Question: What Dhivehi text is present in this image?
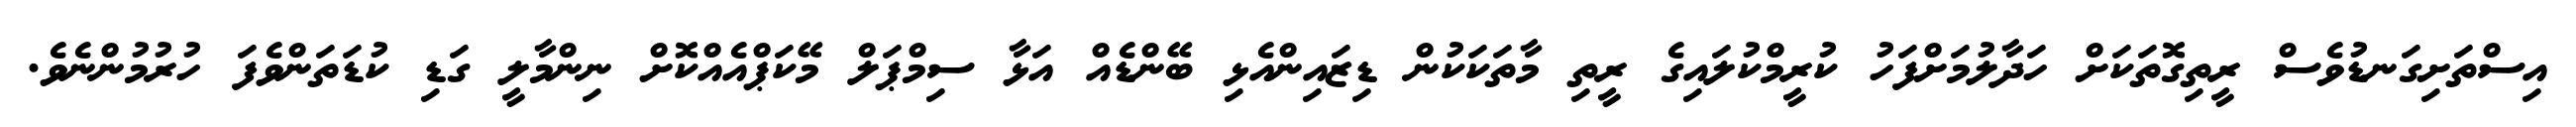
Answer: އިސްތަށިގަނޑުވެސް ރީތިގޮތަކަށް ހަދާލުމަށްފަހު ކުރީމްކުލައިގެ ރީތި މާތަކަކުން ޑިޒައިންއެޅި ބޭންޑެއް އަޅާ ސިމްޕަލް މޭކަޕްއެއްކޮށް ނިންމާލީ ގަޑި ކުޑަތަންވެފަ ހުރުމުންނެވެ.